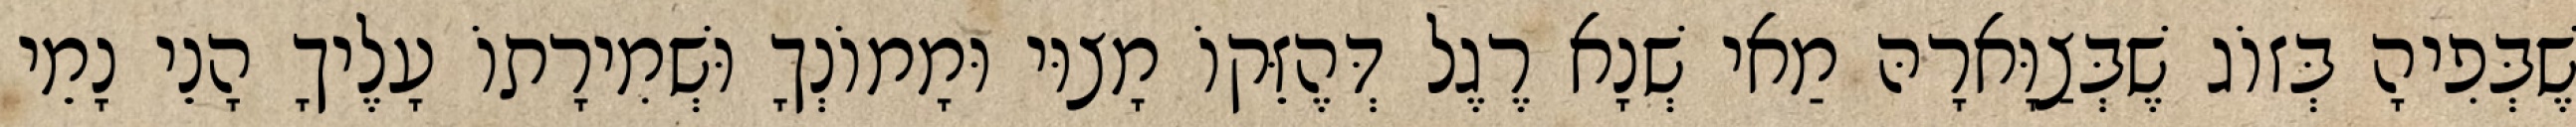
שֶׁבְּפִיהָ בְּזוֹג שֶׁבְּצַוָּארָהּ מַאי שְׁנָא רֶגֶל דְּהֶזֵּקוֹ מָצוּי וּמָמוֹנְךָ וּשְׁמִירָתוֹ עָלֶיךָ הָנֵי נָמֵי